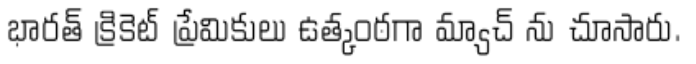
భారత్ క్రికెట్ ప్రేమికులు ఉత్కంఠగా మ్యాచ్ ను చూసారు.